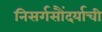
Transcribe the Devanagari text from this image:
निसर्गसौंदर्याची